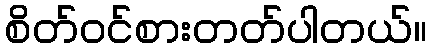
စိတ်ဝင်စားတတ်ပါတယ်။